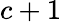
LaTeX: c+1